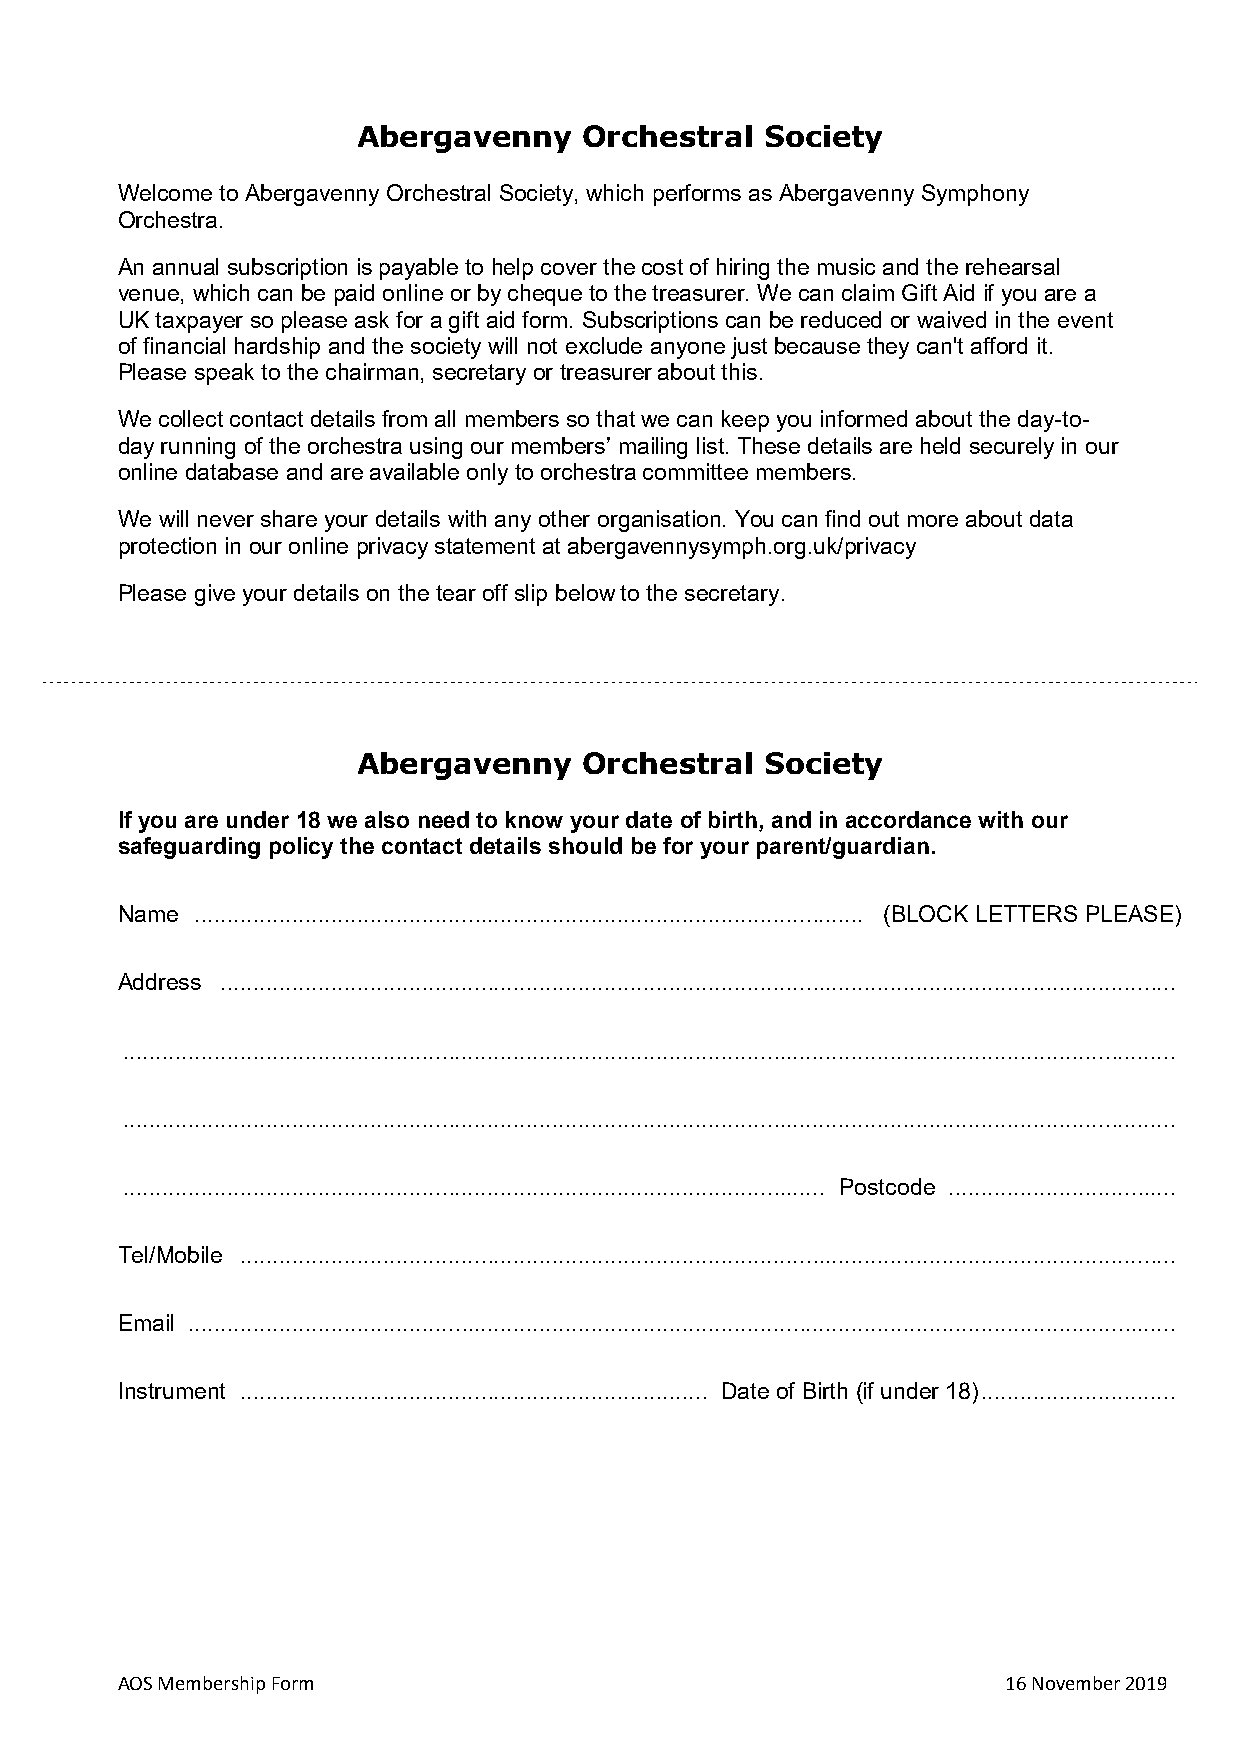
Abergavenny    Orchestral  Society
 Welcome to Abergavenny Orchestral Society, which performs as Abergavenny Symphony
 Orchestra.
 An annual subscription is payable to help cover the cost of hiring the music and the rehearsal
 venue, which can be paid online or by cheque to the treasurer. We can claim Gift Aid if you are a
 UK taxpayer so please ask for a gift aid form. Subscriptions can be reduced or waived in the event
 of financial hardship and the society will not exclude anyone just because they can't afford it.
 Please speak to the chairman, secretary or treasurer about this.
 We collect contact details from all members so that we can keep you informed about the day-to-
 day running of the orchestra using our members’ mailing list. These details are held securely in our
 online database and are available only to orchestra committee members.
 We will never share your details with any other organisation. You can find out more about data
 protection in our online privacy statement at abergavennysymph.org.uk/privacy
 Please give your details on the tear off slip below to the secretary.
 Abergavenny    Orchestral  Society
 If you are under 18 we also need to know your date of birth, and in accordance with our
 safeguarding policy the contact details should be for your parent/guardian.
 Name ....................................................................................................... (BLOCK LETTERS PLEASE)
 Address ...................................................................................................................................................
 ..................................................................................................................................................................
 ..................................................................................................................................................................
 ............................................................................................................ Postcode ...................................
 Tel/Mobile ................................................................................................................................................
 Email ........................................................................................................................................................
 Instrument ........................................................................ Date of Birth (if under 18) ..............................
 AOS Membership Form                                        16 November 2019